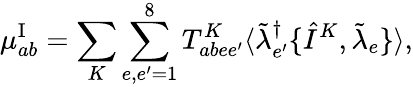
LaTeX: \mu_{ab}^{\mathrm{I}}=\sum_{K}\sum_{e,e^{\prime}=1}^{8}T_{abee^{\prime}}^{K}\langle\tilde{\lambda}_{e^{\prime}}^{\dagger}\{ \hat{I}^{K},\tilde{\lambda}_{e}\} \rangle,